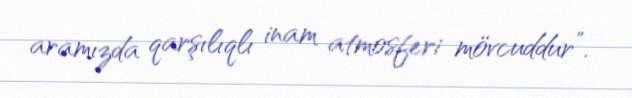
aramızda qarşılıqlı inam atmosferi mövcuddur”.